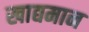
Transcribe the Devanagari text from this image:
खाद्यमान